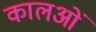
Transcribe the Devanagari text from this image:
कालओं